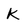
Character: K